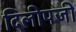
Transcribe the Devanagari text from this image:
दिलीपजी